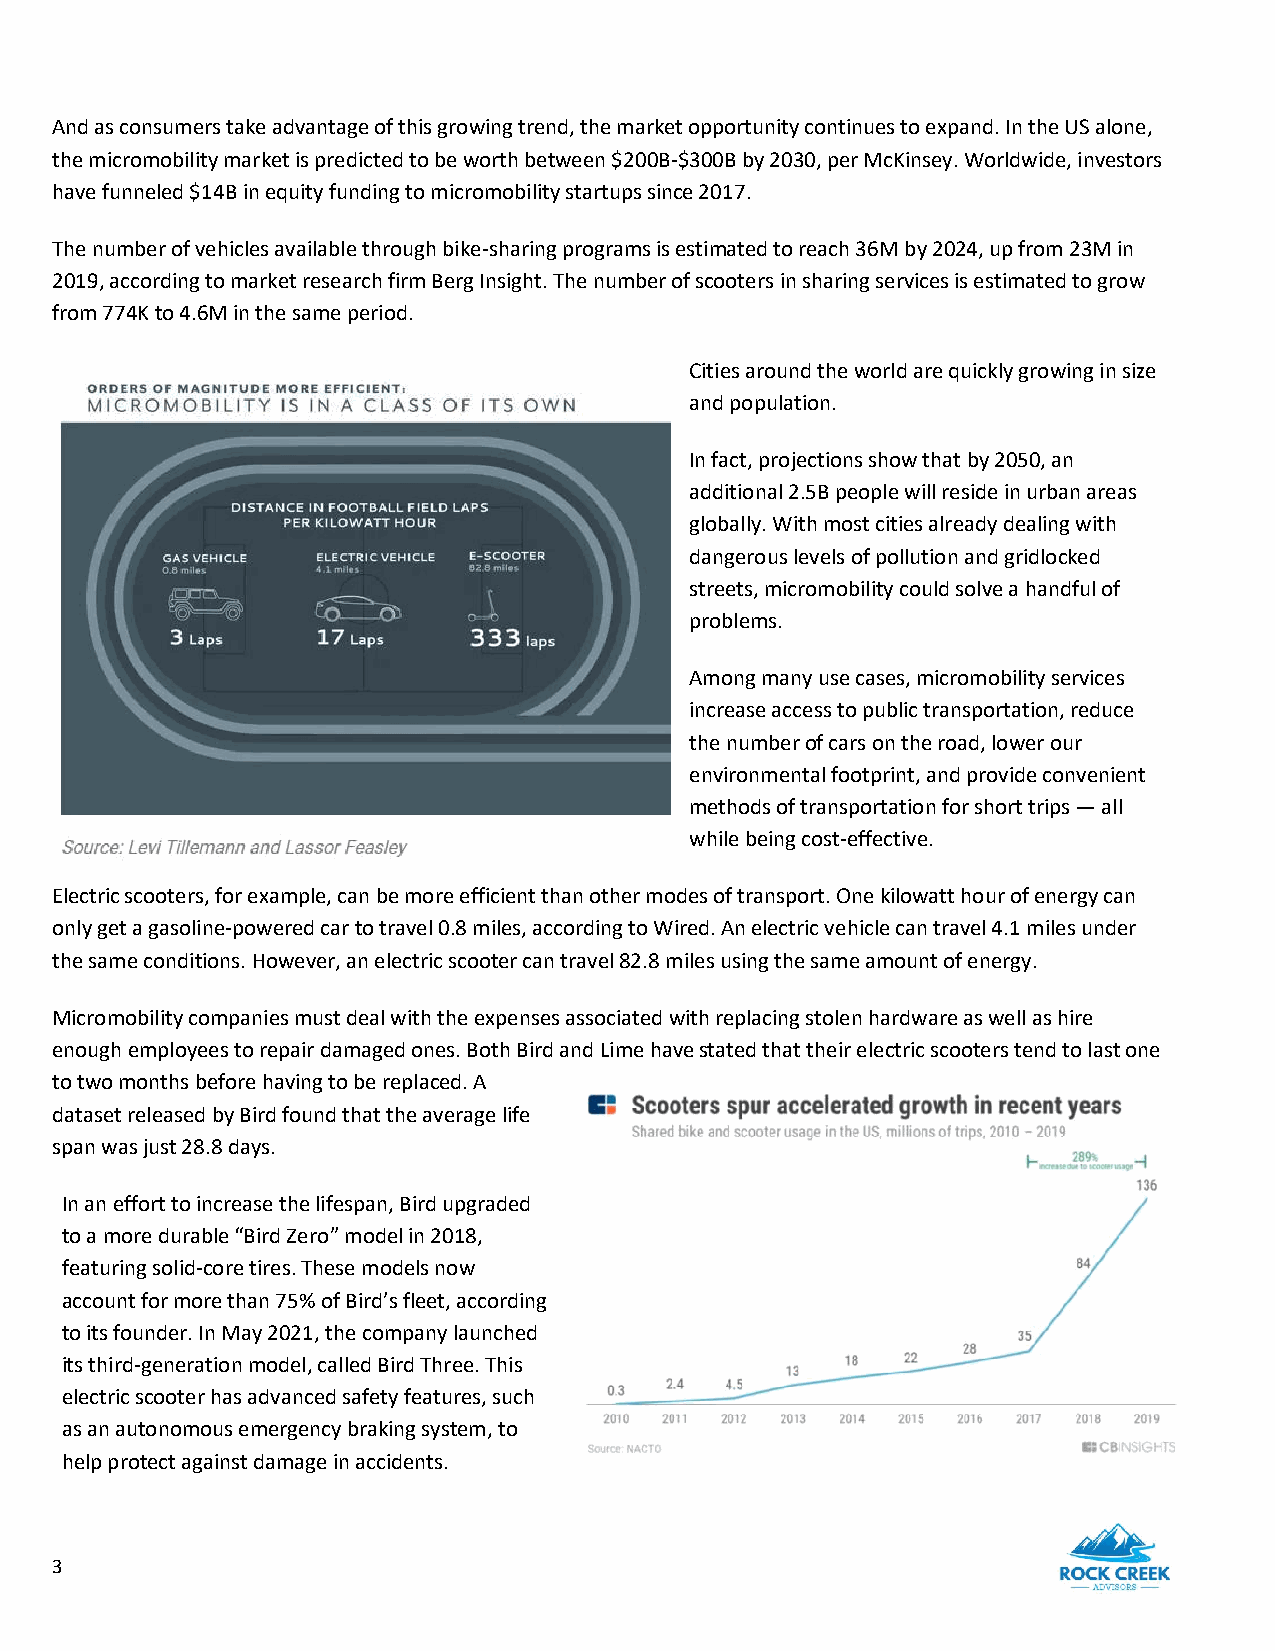
And as consumers take advantage of this growing trend, the market opportunity continues to expand. In the US alone,
 the micromobility market is predicted to be worth between $200B-$300B by 2030, per McKinsey. Worldwide, investors
 have funneled $14B in equity funding to micromobility startups since 2017.
 The number of vehicles available through bike-sharing programs is estimated to reach 36M by 2024, up from 23M in
 2019, according to market research firm Berg Insight. The number of scooters in sharing services is estimated to grow
 from 774K to 4.6M in the same period.
 Cities around the world are quickly growing in size
 and population.
 In fact, projections show that by 2050, an
 additional 2.5B people will reside in urban areas
 globally. With most cities already dealing with
 dangerous levels of pollution and gridlocked
 streets, micromobility could solve a handful of
 problems.
 Among many use cases, micromobility services
 increase access to public transportation, reduce
 the number of cars on the road, lower our
 environmental footprint, and provide convenient
 methods of transportation for short trips — all
 while being cost-effective.
 Electric scooters, for example, can be more efficient than other modes of transport. One kilowatt hour of energy can
 only get a gasoline-powered car to travel 0.8 miles, according to Wired. An electric vehicle can travel 4.1 miles under
 the same conditions. However, an electric scooter can travel 82.8 miles using the same amount of energy.
 Micromobility companies must deal with the expenses associated with replacing stolen hardware as well as hire
 enough employees to repair damaged ones. Both Bird and Lime have stated that their electric scooters tend to last one
 to two months before having to be replaced. A
 dataset released by Bird found that the average life
 span was just 28.8 days.
 In an effort to increase the lifespan, Bird upgraded
 to a more durable “Bird Zero” model in 2018,
 featuring solid-core tires. These models now
 account for more than 75% of Bird’s fleet, according
 to its founder. In May 2021, the company launched
 its third-generation model, called Bird Three. This
 electric scooter has advanced safety features, such
 as an autonomous emergency braking system, to
 help protect against damage in accidents.
 3